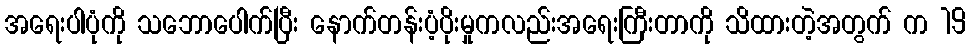
အရေးပါပုံကို သဘောပေါက်ပြီး နောက်တန်းပံ့ပိုးမှုကလည်းအရေးကြီးတာကို သိထားတဲ့အတွက် က 19